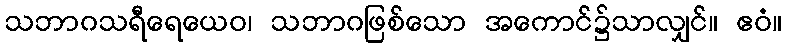
သဘာဂသရီရေယေဝ၊ သဘာဂဖြစ်သော အကောင်၌သာလျှင်။ ဧဝံ။